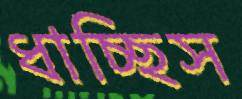
ধাচ্ছিস